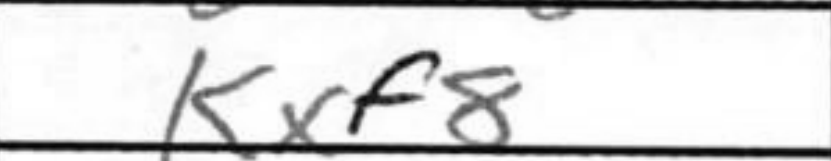
Transcription: Kxf8